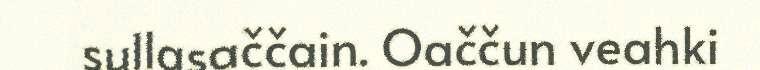
sullasaččain. Oaččun veahki